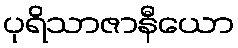
ပုရိသာဇာနီယော